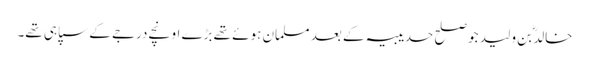
خالدؓ بن ولید جو صلح حدیبیہ کے بعد مسلمان ہوئے تھے بڑے اونچے درجے کے سپاہی تھے۔